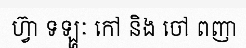
ហ្វ៊ា ទឡ្ហៈ កៅ និង ចៅ ពញា